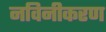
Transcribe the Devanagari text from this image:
नविनीकरण